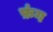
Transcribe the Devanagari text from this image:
फ़ंग